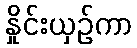
နှိုင်းယှဉ်ကာ